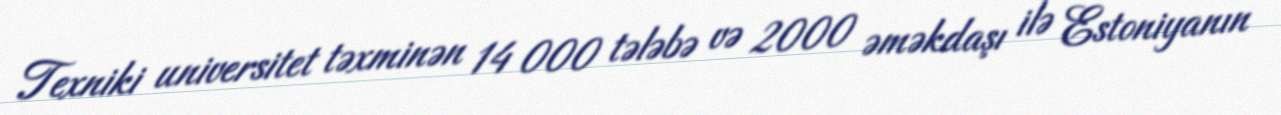
Texniki universitet təxminən 14 000 tələbə və 2000 əməkdaşı ilə Estoniyanın